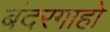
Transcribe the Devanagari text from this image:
बंदरगाहो